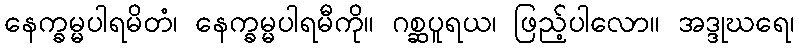
နေက္ခမ္မပါရမိတံ၊ နေက္ခမ္မပါရမီကို။ ဂစ္ဆပူရယ၊ ဖြည့်ပါလော။ အဒ္ဒုဃရေ၊